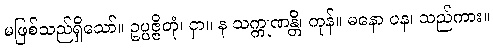
မဖြစ်သည်ရှိသော်။ ဥပ္ပဇ္ဇိတုံ၊ ငှာ။ န သက္ကုဏန္တိ၊ ကုန်။ မနော ပန၊ သည်ကား။